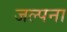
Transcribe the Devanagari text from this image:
जल्पना